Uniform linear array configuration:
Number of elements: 24
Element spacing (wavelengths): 0.75
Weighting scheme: hamming
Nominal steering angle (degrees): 0
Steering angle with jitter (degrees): -1.202
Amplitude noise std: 0.05
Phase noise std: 0.05

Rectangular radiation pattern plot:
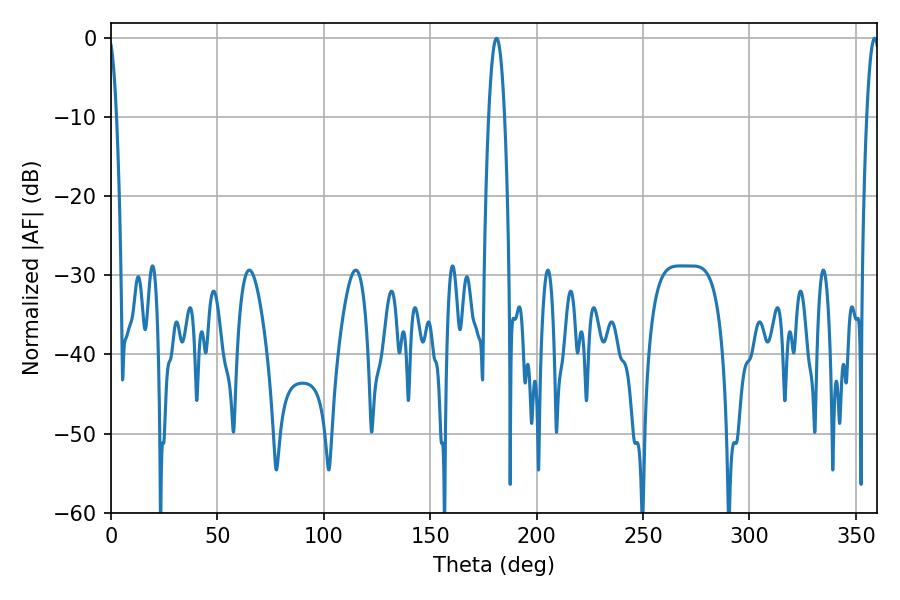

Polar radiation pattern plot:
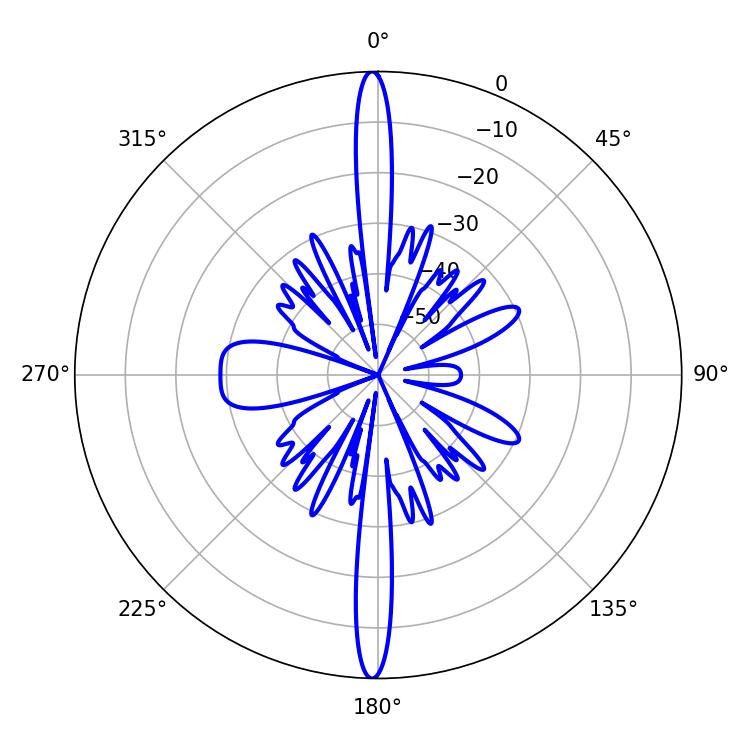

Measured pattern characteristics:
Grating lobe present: TRUE
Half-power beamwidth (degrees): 3.24
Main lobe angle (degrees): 358.74